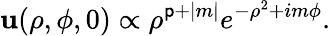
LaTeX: \mathbf{u}(\rho,\phi,0)\propto\rho^{{\mathsf{{p}}}+|m|}e^{-\rho^{2}+im\phi}.